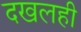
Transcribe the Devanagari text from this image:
दखलही